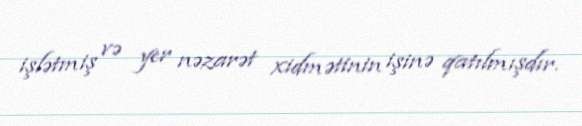
işlətmiş və yer nəzarət xidmətinin işinə qatılmışdır.